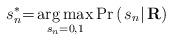
LaTeX: \begin{align*}s_n^ * {\rm{ = }}\mathop {\arg\max}\limits_{{s_n} = 0,1}\Pr\left( {\left. {{s_n}} \right|{\bf{R}}} \right) \end{align*}